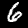
Digit: 6